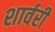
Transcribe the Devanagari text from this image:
शार्वरी